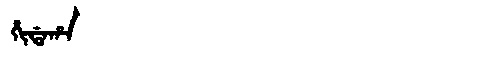
Manchu: ᡥᡳᡩᠠᡥᠠ
Romanization: HIDAHA